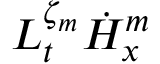
L _ { t } ^ { \zeta _ { m } } \dot { H } _ { x } ^ { m }